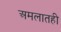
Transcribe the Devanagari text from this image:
अमलातही